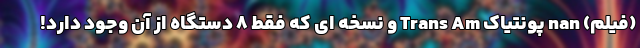
(فیلم) nan پونتیاک Trans Am و نسخه ای که فقط 8 دستگاه از آن وجود دارد!